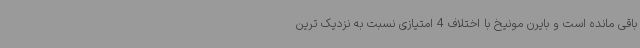
باقی مانده است و بایرن مونیخ با اختلاف 4 امتیازی نسبت به نزدیک ترین